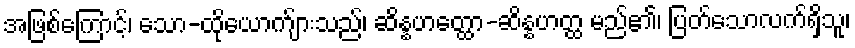
အဖြစ်ကြောင့်၊ သော-ထိုယောက်ျားသည်၊ ဆိန္နဟတ္ထော-ဆိန္နဟတ္ထ မည်၏၊ ပြတ်သောလက်ရှိသူ၊